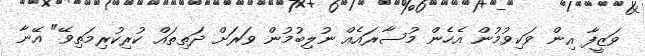
ވަޒީފާ އިން ވަކިވުމުން އެހެން މުސާރައެއް ނުލިބުމުން ވަރަށް ދަތިތައް ކުރިކުރިމަތިވޭ" އޭނާ